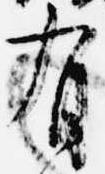
有